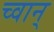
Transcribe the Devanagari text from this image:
च्वान्